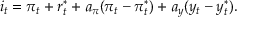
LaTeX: i _ { t } = \pi _ { t } + r _ { t } ^ { * } + a _ { \pi } ( \pi _ { t } - \pi _ { t } ^ { * } ) + a _ { y } ( y _ { t } - y _ { t } ^ { * } ) .